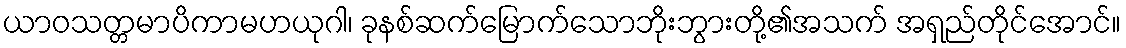
ယာဝသတ္တမာပိကာမဟယုဂါ၊ ခုနစ်ဆက်မြောက်သောဘိုးဘွားတို့၏အသက် အရှည်တိုင်အောင်။